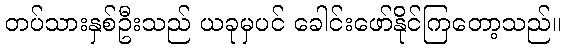
တပ်သားနှစ်ဦးသည် ယခုမှပင် ခေါင်းဖော်နိုင်ကြတော့သည်။